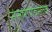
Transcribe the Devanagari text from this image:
संसारार्णवसेतवे